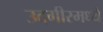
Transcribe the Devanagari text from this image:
उदगीरमध्ये